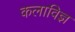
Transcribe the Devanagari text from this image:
कलाविज्ञ